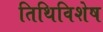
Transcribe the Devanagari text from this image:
तिथिविशेष